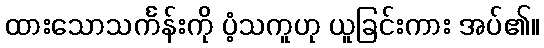
ထားသောသင်္ကန်းကို ပံ့သကူဟု ယူခြင်းကား အပ်၏။